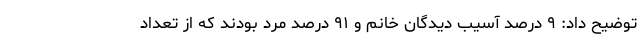
توضیح داد: ٩ درصد آسیب دیدگان خانم و ٩١ درصد مرد بودند که از تعداد